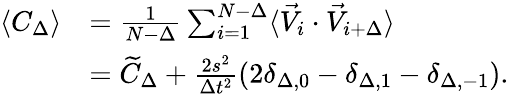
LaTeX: \begin{array}{rl}{\langle C_{\Delta}\rangle}&{=\frac{1}{N-\Delta}\sum_{i=1}^{N-\Delta}\langle\vec{V}_{i}\cdot\vec{V}_{i+\Delta}\rangle}\\ &{=\widetilde{C}_{\Delta}+\frac{2s^{2}}{\Delta t^{2}}\left(2\delta_{\Delta,0}-\delta_{\Delta,1}-\delta_{\Delta,-1}\right).}\end{array}